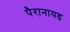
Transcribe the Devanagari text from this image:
पैरानायड